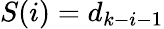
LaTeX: S(i)=d_{k-i-1}